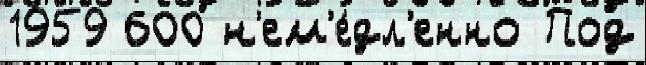
1959 600 н'ем'е́дл'енно Под